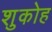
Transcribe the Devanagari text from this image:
शुकोह